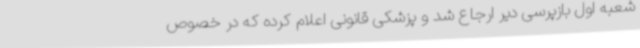
شعبه اول بازپرسی دیر ارجاع شد و پزشکی قانونی اعلام کرده که در خصوص